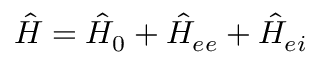
\hat { H } = { \hat { H } } _ { 0 } + { \hat { H } } _ { e e } + { \hat { H } } _ { e i }